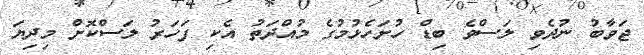
ޖަވާބު ނުދެވި ލަސްވެ ބިޑް ހުށަހެޅުމުގެ މުއްދަތު އެކި ފަހަރު ލަސްކޮށް މިދިޔަ